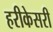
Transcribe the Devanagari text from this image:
हरीकेसरी